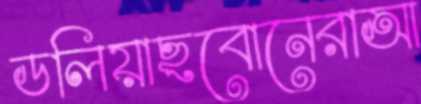
ডলিয়াছবোনেরাআ